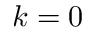
k = 0